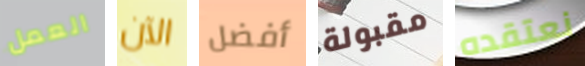
العمل الآن أفضل مقبولة نعتقده